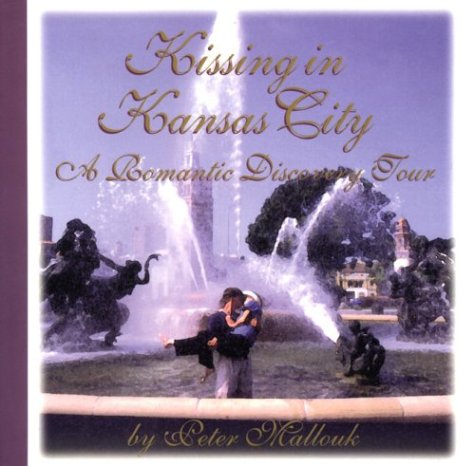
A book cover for Kissing in Kansas City: A Romantic Discovery Tour; Peter Mallouk; Travel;